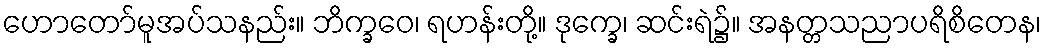
ဟောတော်မူအပ်သနည်း။ ဘိက္ခဝေ၊ ရဟန်းတို့။ ဒုက္ခေ၊ ဆင်းရဲ၌။ အနတ္တသညာပရိစိတေန၊